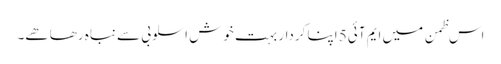
اس ظمن میں ایم آئی5 اپنا کردار بہت خوش اسلوبی سے نباہ رھا ھے۔